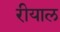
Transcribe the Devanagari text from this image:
रीयाल